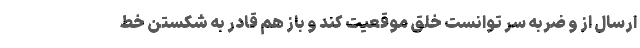
ارسال از و ضربه سر توانست خلق موقعیت کند و باز هم قادر به شکستن خط